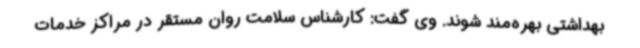
بهداشتی بهره‌مند شوند. وی گفت: کارشناس سلامت روان مستقر در مراکز خدمات